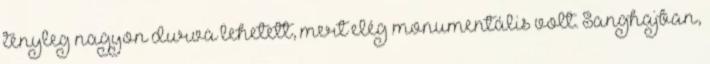
tényleg nagyon durva lehetett, mert elég monumentális volt. Sanghajban,